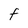
Character: F